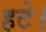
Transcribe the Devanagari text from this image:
हटे।